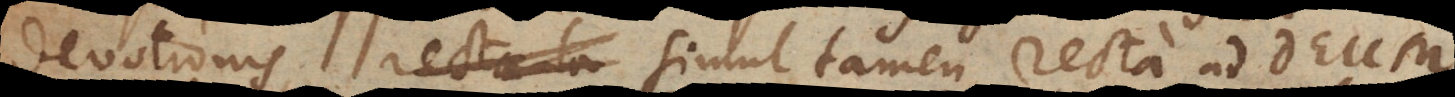
devotionis, simul tamen recta ad Deum